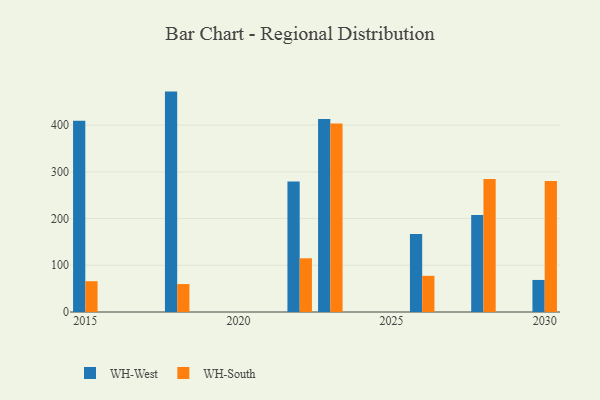
{"axis": {"x": "Year", "y": "Inventory Turnover"}, "legend": ["WH-South", "WH-West"], "data": [{"x": "2028", "y": 207.7, "type": "WH-West"}, {"x": "2028", "y": 284.9, "type": "WH-South"}, {"x": "2018", "y": 471.8, "type": "WH-West"}, {"x": "2018", "y": 59.8, "type": "WH-South"}, {"x": "2022", "y": 279.3, "type": "WH-West"}, {"x": "2022", "y": 115.0, "type": "WH-South"}, {"x": "2023", "y": 413.2, "type": "WH-West"}, {"x": "2023", "y": 403.4, "type": "WH-South"}, {"x": "2015", "y": 409.3, "type": "WH-West"}, {"x": "2015", "y": 65.9, "type": "WH-South"}, {"x": "2026", "y": 167.0, "type": "WH-West"}, {"x": "2026", "y": 77.4, "type": "WH-South"}, {"x": "2030", "y": 68.6, "type": "WH-West"}, {"x": "2030", "y": 280.5, "type": "WH-South"}]}